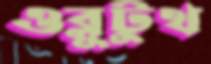
ওব্লুটুথ